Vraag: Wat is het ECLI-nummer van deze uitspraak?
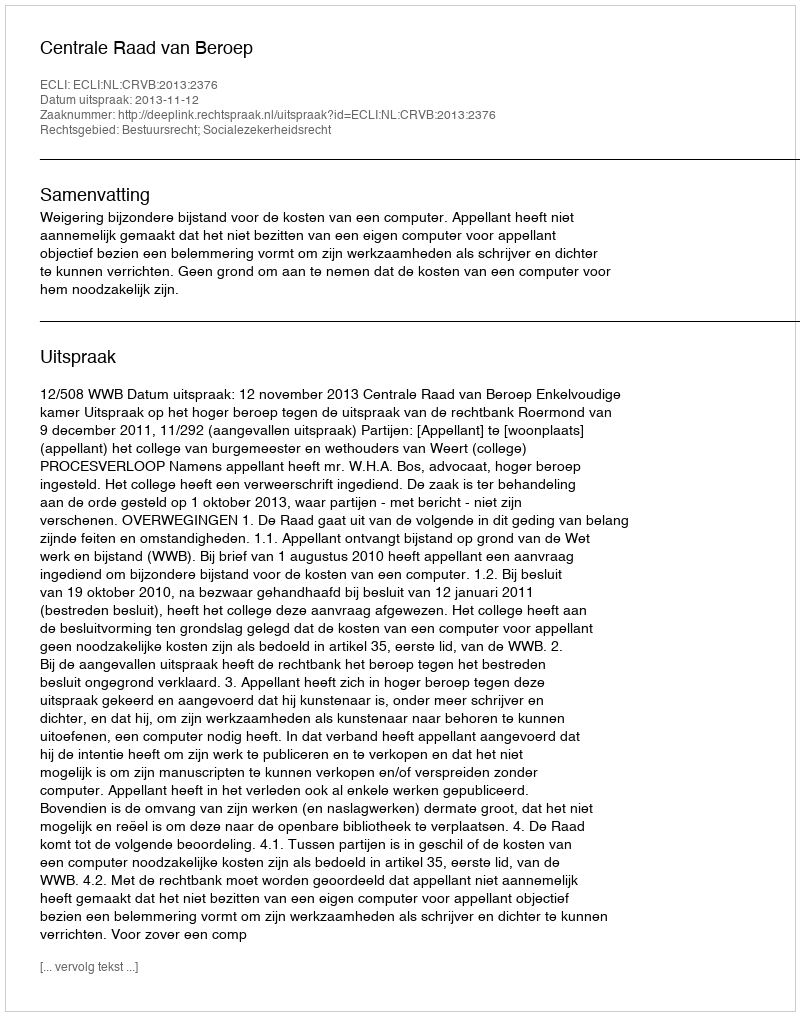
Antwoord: ECLI:NL:CRVB:2013:2376